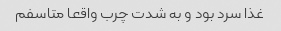
غذا سرد بود و به شدت چرب واقعا متاسفم